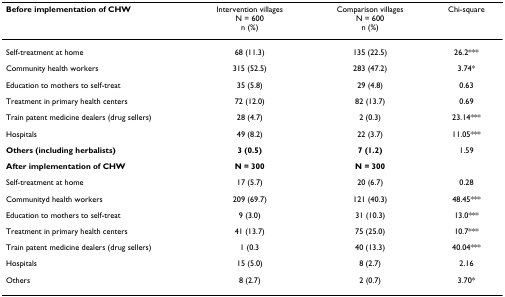
| Before implementation of CHW | Intervention villagesN = 600n (%) | Comparison villagesN = 600n (%) | Chi-square |
 | --- | --- | --- | --- |
 | Self-treatment at home | 68 (11.3) | 135 (22.5) | 26.2*** |
 | Community health workers | 315 (52.5) | 283 (47.2) | 3.74* |
 | Education to mothers to self-treat | 35 (5.8) | 29 (4.8) | 0.63 |
 | Treatment in primary health centers | 72 (12.0) | 82 (13.7) | 0.69 |
 | Train patent medicine dealers (drug sellers) | 28 (4.7) | 2 (0.3) | 23.14*** |
 | Hospitals | 49 (8.2) | 22 (3.7) | 11.05*** |
 | Others (including herbalists) | 3 (0.5) | 7 (1.2) | 1.59 |
 | After implementation of CHW | N = 300 | N = 300 |  |
 | Self-treatment at home | 17 (5.7) | 20 (6.7) | 0.28 |
 | Communityd health workers | 209 (69.7) | 121 (40.3) | 48.45*** |
 | Education to mothers to self-treat | 9 (3.0) | 31 (10.3) | 13.0*** |
 | Treatment in primary health centers | 41 (13.7) | 75 (25.0) | 10.7*** |
 | Train patent medicine dealers (drug sellers) | 1 (0.3 | 40 (13.3) | 40.04*** |
 | Hospitals | 15 (5.0) | 8 (2.7) | 2.16 |
 | Others | 8 (2.7) | 2 (0.7) | 3.70* |